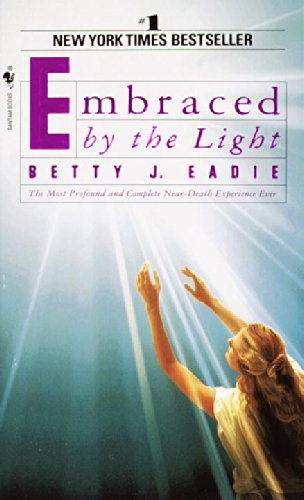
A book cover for Embraced by the Light; Betty J. Eadie; Self-Help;